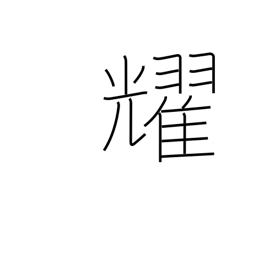
Meaning: sparkle